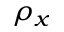
\rho _ { x }